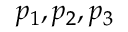
p _ { 1 } , p _ { 2 } , p _ { 3 }